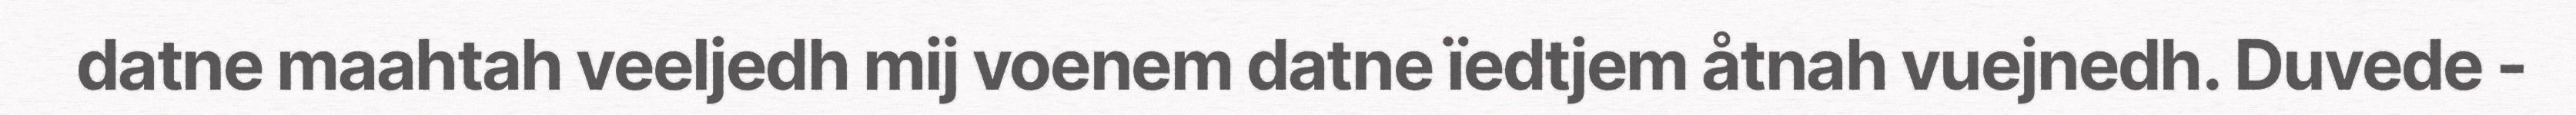
datne maahtah veeljedh mij voenem datne ïedtjem åtnah vuejnedh. Duvede -